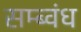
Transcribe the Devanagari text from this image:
सम्ब्वंध